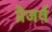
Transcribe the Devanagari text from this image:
प्रेजर्व